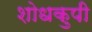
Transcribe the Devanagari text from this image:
शोधकुपी